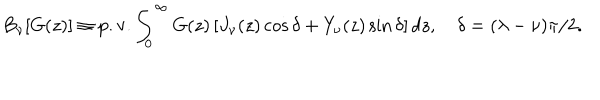
LaTeX: B _ { \nu } [ G ( z ) ] \equiv { \mathrm { p . v . } } \int _ { 0 } ^ { \infty } { G ( z ) \left[ J _ { \nu } ( z ) \cos \delta + Y _ { \nu } ( z ) \sin \delta \right] d z } , \quad \delta = ( \lambda - \nu ) \pi / 2 .